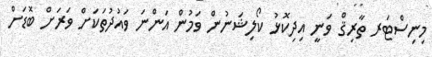
މިނިސްޓަރ ތާރިޤް ވަނީ އިދިކޮޅު ކޯލިޝަނުން ވަމުން އަންނަ ވައުދުތަކަށް ވަރަށް ބޮޑަށް